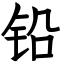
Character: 铅